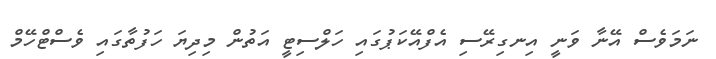
ނަމަވެސް އޭނާ ވަނީ އިނގިރޭސި އެފްއޭކަޕުގައި ހަލްސިޓީ އަތުން މިދިޔަ ހަފުތާގައި ވެސްޓްހޭމް